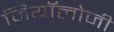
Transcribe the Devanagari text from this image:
जियॉलोजी